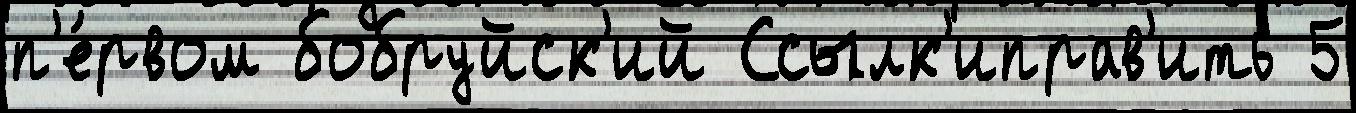
п'е́рвом бобруйск'ий Ссылк'иправ'ить 5